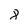
Character: 8